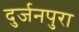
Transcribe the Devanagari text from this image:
दुर्जनपुरा